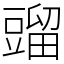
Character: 䝀